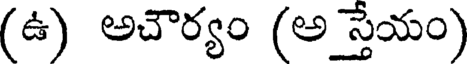
(ఉ) అచౌర్యం (అ స్తేయం)